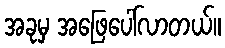
အခုမှ အဖြေပေါ်လာတယ်။